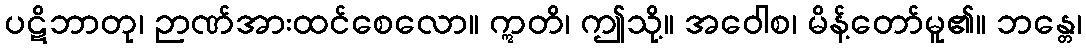
ပဋိဘာတု၊ ဉာဏ်အားထင်စေလော။ ဣတိ၊ ဤသို့။ အဝေါစ၊ မိန့်တော်မူ၏။ ဘန္တေ၊